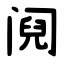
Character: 阋